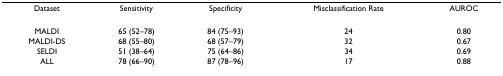
<table><thead><tr><td><b>Dataset</b></td><td><b>Sensitivity</b></td><td><b>Specificity</b></td><td><b>Misclassification Rate</b></td><td><b>AUROC</b></td></tr></thead><tbody><tr><td>MALDI</td><td>65 (52–78)</td><td>84 (75–93)</td><td>24</td><td>0.80</td></tr><tr><td>MALDI-DS</td><td>68 (55–80)</td><td>68 (57–79)</td><td>32</td><td>0.67</td></tr><tr><td>SELDI</td><td>51 (38–64)</td><td>75 (64–86)</td><td>34</td><td>0.69</td></tr><tr><td>ALL</td><td>78 (66–90)</td><td>87 (78–96)</td><td>17</td><td>0.88</td></tr></tbody></table>